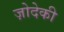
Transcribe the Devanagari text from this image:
ज़ोदेकी